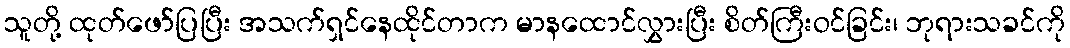
သူတို့ ထုတ်ဖော်ပြပြီး အသက်ရှင်နေထိုင်တာက မာနထောင်လွှားပြီး စိတ်ကြီးဝင်ခြင်း၊ ဘုရားသခင်ကို